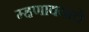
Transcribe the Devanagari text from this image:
म्हणावयाचें